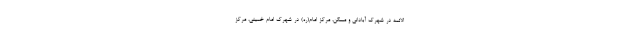
الائمه در شهرک آبادانی و مسکن، مرکز امام(ره) در شهرک امام خمینی، مرکز